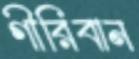
গীরিবান